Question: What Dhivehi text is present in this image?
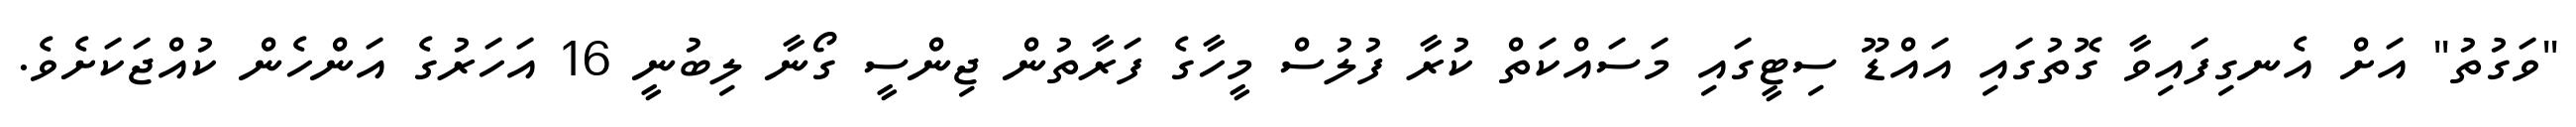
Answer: "ވަގުތު" އަށް އެނގިފައިވާ ގޮތުގައި އައްޑޫ ސިޓީގައި މަސައްކަތް ކުރާ ފުލުސް މީހާގެ ފަރާތުން ޖިންސީ ގޯނާ ލިބުނީ 16 އަހަރުގެ އަންހެން ކުއްޖަކަށެވެ.